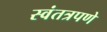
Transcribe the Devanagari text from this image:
स्वंतत्रपणे